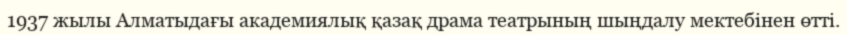
1937 жылы Алматыдағы академиялық қазақ драма театрының шыңдалу мектебінен өтті.